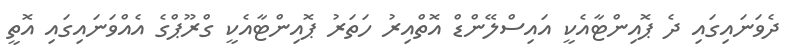
ދެވަނައިގައި ދެ ޕޮއިންޓާއެކީ އައިސްލޭންޑް އޮތްއިރު ހަތަރު ޕޮއިންޓާއެކީ ގްރޫޕްގެ އެއްވަނައިގައި އޮތީ